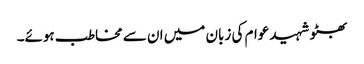
بھٹو شہید عوام کی زبان میں ان سے مخاطب ہوئے۔